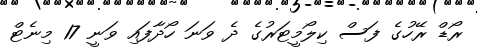
ރޯޑް ރޭހުގެ ފަސް ކިލޯމީޓަރުގެ ދެ ވަނަ ހޯދާފައި ވަނީ 17 މިނެޓް